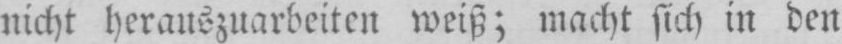
nicht herauszuarbeiten weiß; macht sich in den